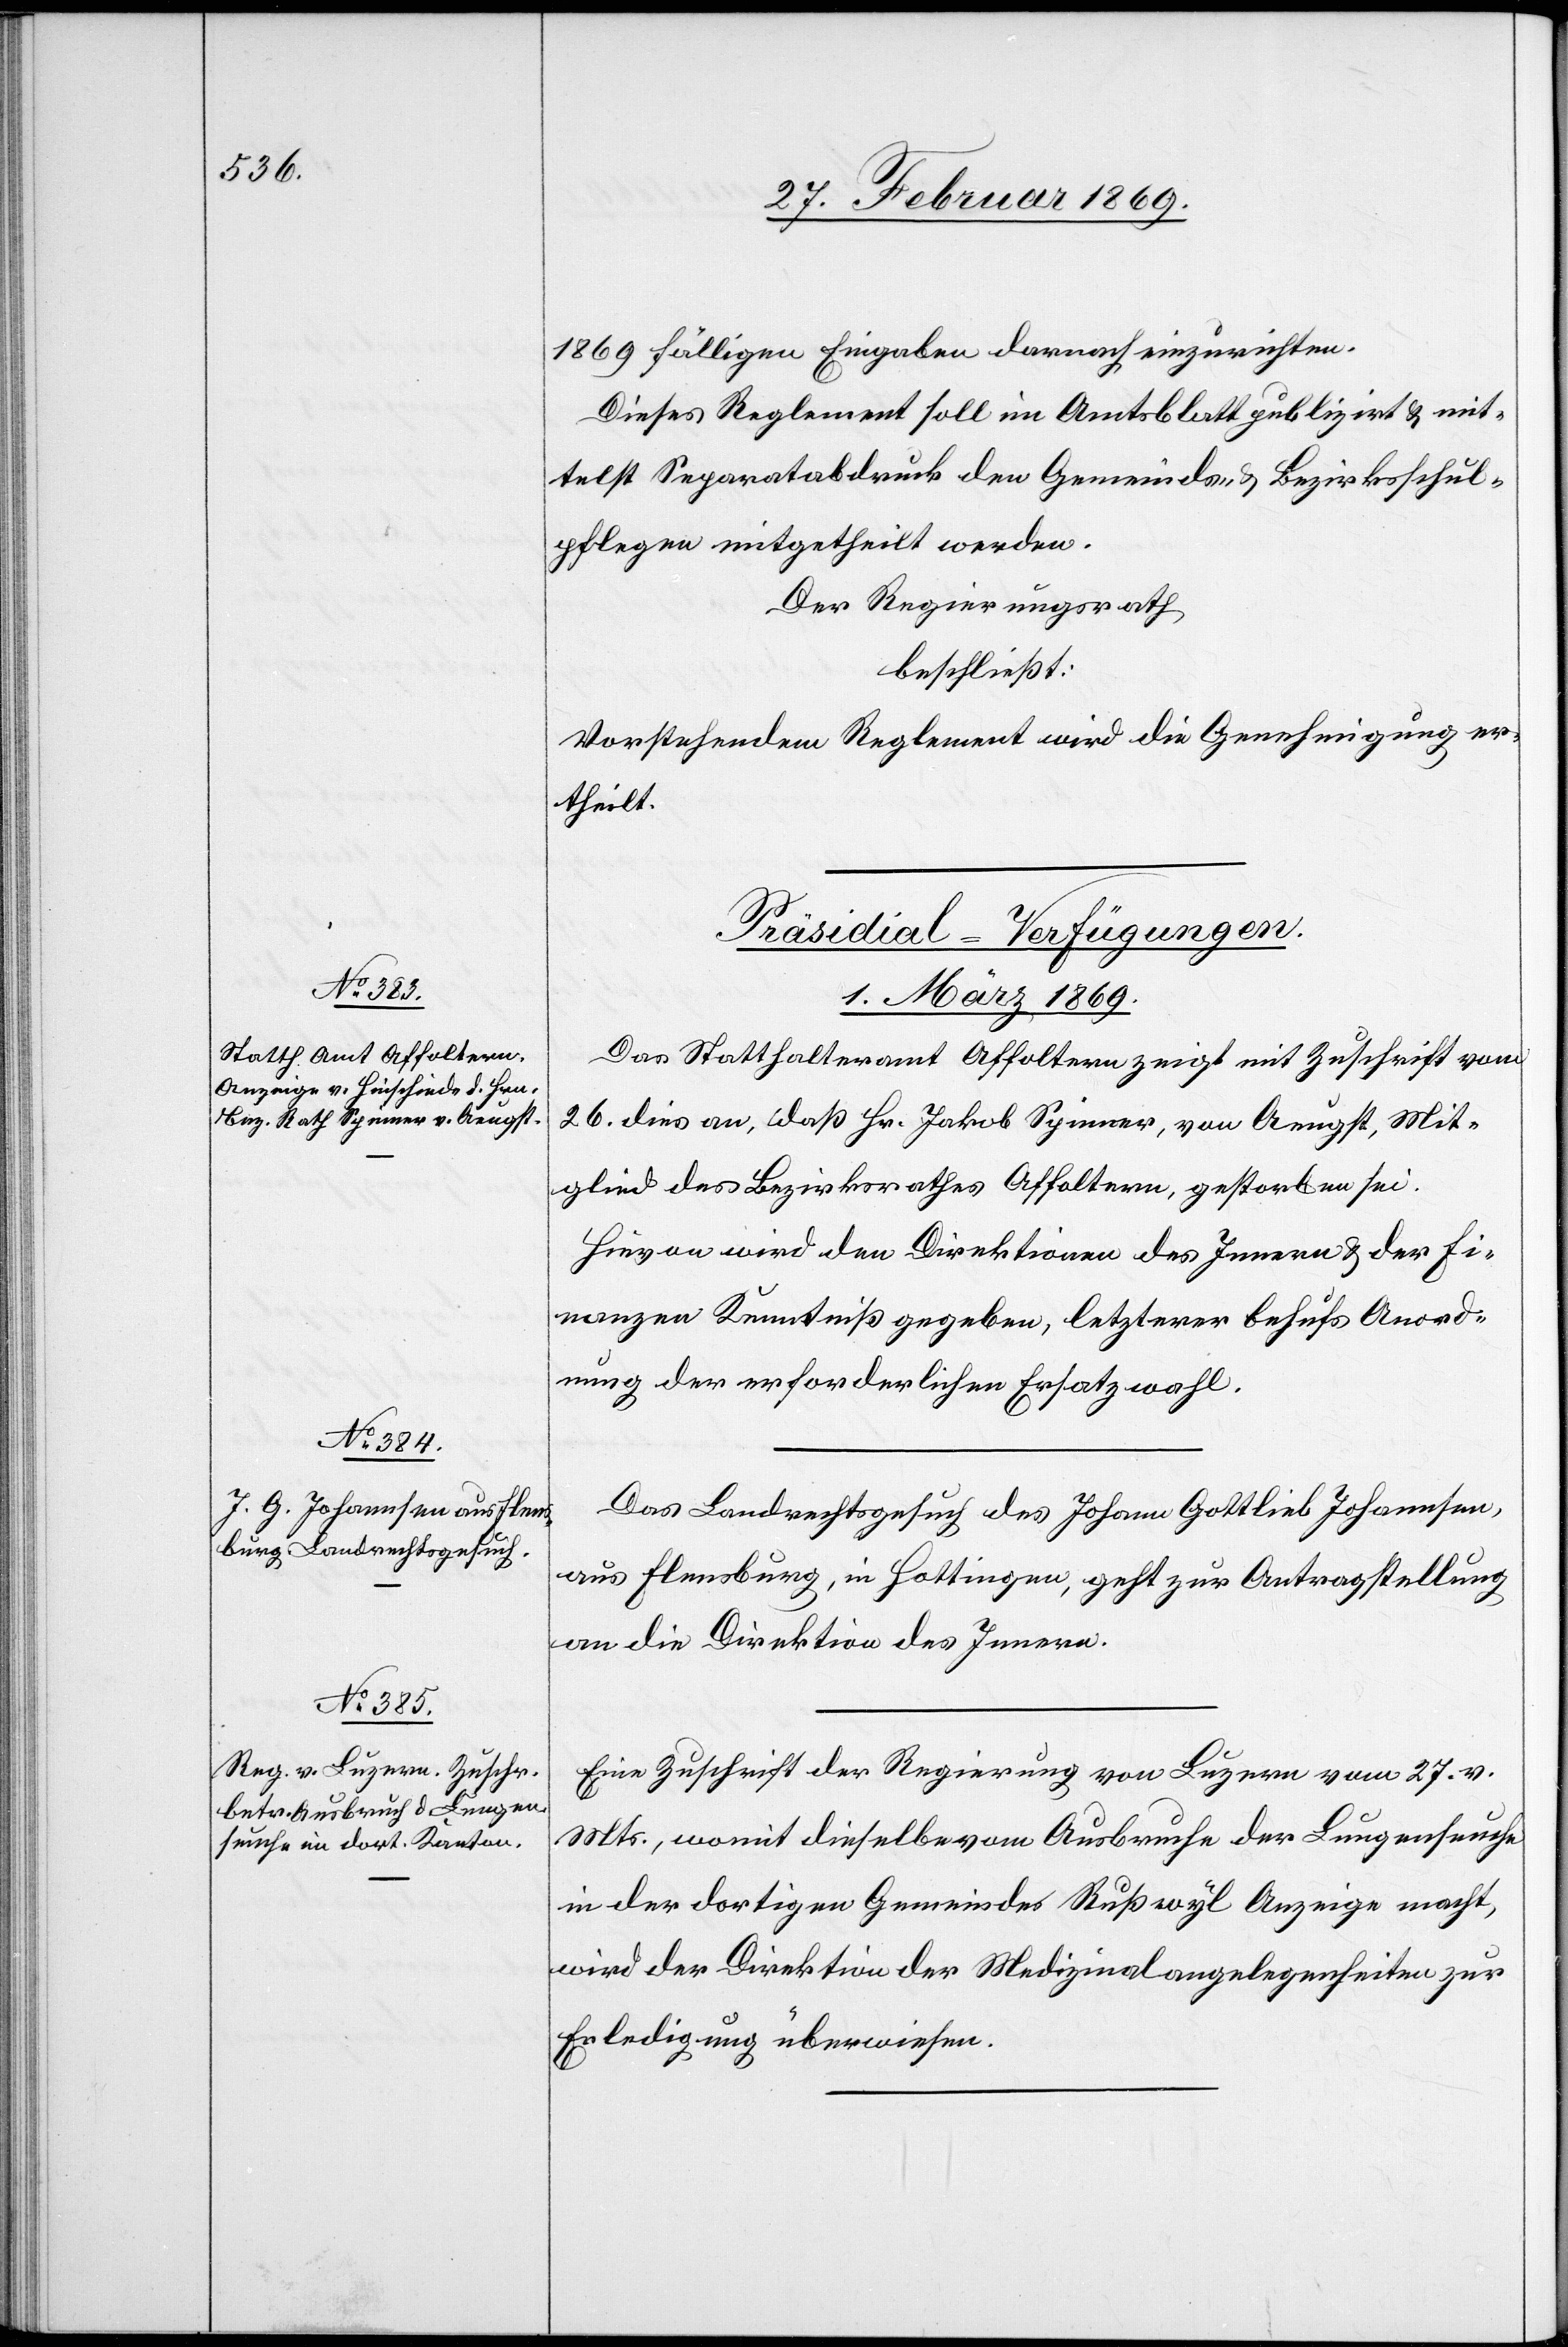
1869 fälligen Eingaben darauf einzurichten.
Dieses Reglement soll im Amtsblatt publizirt & mit¬
telst Separatabdruck den Gemeinds- & Bezirksschul¬
pflegen mitgetheilt werden.
Der Regierungsrath
beschließt:
Vorstehendem Reglement wird die Genehmigung er¬
theilt.
[Präsidial-Verfügungen.
1. März 1869.]
Das Statthalteramt Affoltern zeigt mit Zuschrift vom
26. dies an, daß Hr. Jakob Spinner, von Aeugst, Mit¬
glied des Bezirksrathes Affoltern, gestorben sei.
Hievon wird den Direktionen des Innern & der Fi¬
nanzen Kenntniß gegeben, letzterer behufs Anord¬
nung der erforderlichen Ersatzwahl.
Das Landrechtsgesuch des Johann Gottlieb Johannsen,
aus Flensburg, in Hottingen, geht zur Antragstellung
an die Direktion des Innern.
Eine Zuschrift der Regierung von Luzern vom 27. v.
Mts., womit dieselbe vom Ausbruche der Lungenseuche
in der dortigen Gemeinde Rußwyl Anzeige macht,
wird der Direktion der Medizinalangelegenheiten zur
Erledigung überwiesen.